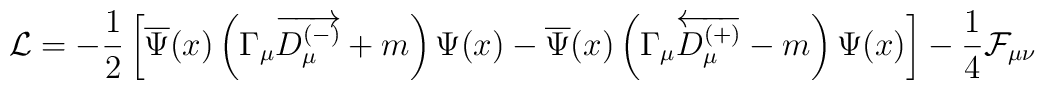
\mathcal{L}=-\frac 12\left[ \overline{\Psi }(x)\left( \Gamma _\mu\overrightarrow{D_\mu ^{(-)}}+m\right) \Psi (x)-\overline{\Psi}(x)\left( \Gamma _\mu \overleftarrow{D_\mu ^{(+)}}-m\right) \Psi(x)\right] -\frac 14 \mathcal{F}_{\mu \nu }